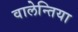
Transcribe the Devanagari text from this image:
वालेन्तिया